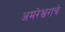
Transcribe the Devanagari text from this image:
अमरेश्वराचे